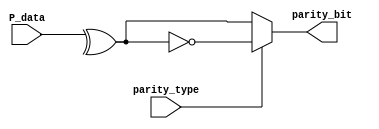
module parity (
    input wire [7:0] P_data,
    input wire       parity_type,
    output reg       parity_bit
);

always @(*)
    begin
        if (parity_type==0)  //even 
            
            parity_bit=^P_data;

        else
            parity_bit=~(^P_data); 
 
    end
endmodule